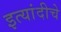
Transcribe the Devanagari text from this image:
इत्यांदीचे